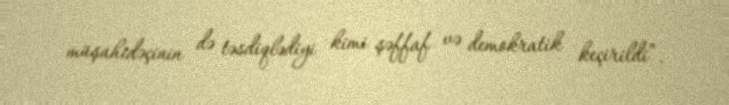
müşahidəçinin də təsdiqlədiyi kimi şəffaf və demokratik keçirildi”.